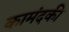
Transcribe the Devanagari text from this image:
कामंदकी